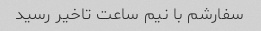
سفارشم با نیم ساعت تاخیر رسید